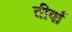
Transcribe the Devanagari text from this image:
तीर्वा